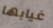
غيابها